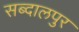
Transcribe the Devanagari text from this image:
सब्दालपुर